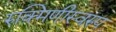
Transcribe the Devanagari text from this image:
रुक्मिणीस्वरुप